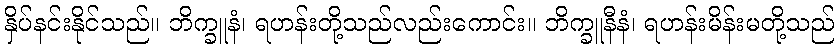
နှိပ်နင်းနိုင်သည်။ ဘိက္ခူနံ၊ ရဟန်းတို့သည်လည်းကောင်း။ ဘိက္ခူနီနံ၊ ရဟန်းမိန်းမတို့သည်